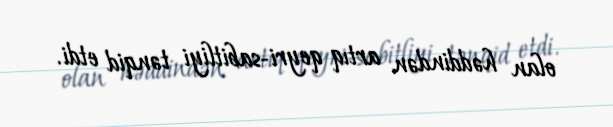
olan həddindən artıq qeyri-sabitliyi tənqid etdi.